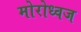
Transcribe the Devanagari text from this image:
मोरोध्‍वज